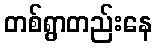
တစ်ရွာတည်းနေ